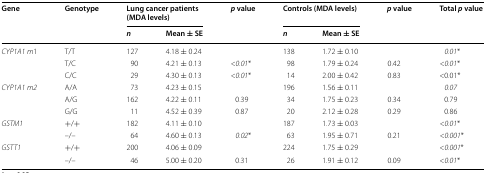
<table><thead><tr><td rowspan="2"><b>Gene</b></td><td rowspan="2"><b>Genotype</b></td><td colspan="2"><b>Lung cancer patients (MDA levels)</b></td><td rowspan="2"><b><i>p</i> value</b></td><td colspan="2"><b>Controls (MDA levels)</b></td><td rowspan="2"><b><i>p</i> value</b></td><td rowspan="2"><b>Total <i>p</i> value</b></td></tr><tr><td><b><i>n</i></b></td><td><b>Mean ± SE</b></td><td><b><i>n</i></b></td><td><b>Mean ± SE</b></td></tr></thead><tbody><tr><td><i>CYP1A1</i> <i>m</i>1</td><td>T/T</td><td>127</td><td>4.18 ± 0.24</td><td></td><td>138</td><td>1.72 ± 0.10</td><td></td><td><i>0.01</i>*</td></tr><tr><td></td><td>T/C</td><td>90</td><td>4.21 ± 0.13</td><td>&lt;<i>0.01</i>*</td><td>98</td><td>1.79 ± 0.24</td><td>0.42</td><td>&lt;<i>0.01</i>*</td></tr><tr><td></td><td>C/C</td><td>29</td><td>4.30 ± 0.13</td><td>&lt;<i>0.01</i>*</td><td>14</td><td>2.00 ± 0.42</td><td>0.83</td><td>&lt;0.01*</td></tr><tr><td><i>CYP1A1</i><i>m2</i></td><td>A/A</td><td>73</td><td>4.23 ± 0.15</td><td></td><td>196</td><td>1.56 ± 0.11</td><td></td><td><i>0.07</i></td></tr><tr><td></td><td>A/G</td><td>162</td><td>4.22 ± 0.11</td><td>0.39</td><td>34</td><td>1.75 ± 0.23</td><td>0.34</td><td>0.79</td></tr><tr><td></td><td>G/G</td><td>11</td><td>4.52 ± 0.39</td><td>0.87</td><td>20</td><td>2.12 ± 0.28</td><td>0.29</td><td>0.86</td></tr><tr><td><i>GSTM1</i></td><td>+/+</td><td>182</td><td>4.11 ± 0.10</td><td></td><td>187</td><td>1.73 ± 0.03</td><td></td><td>&lt;<i>0.01</i>*</td></tr><tr><td></td><td>–/–</td><td>64</td><td>4.60 ± 0.13</td><td><i>0.02</i>*</td><td>63</td><td>1.95 ± 0.71</td><td>0.21</td><td>&lt;<i>0.001</i>*</td></tr><tr><td><i>GSTT1</i></td><td>+/+</td><td>200</td><td>4.06 ± 0.09</td><td></td><td>224</td><td>1.75 ± 0.29</td><td></td><td>&lt;<i>0.001</i>*</td></tr><tr><td></td><td>–/–</td><td>46</td><td>5.00 ± 0.20</td><td>0.31</td><td>26</td><td>1.91 ± 0.12</td><td>0.09</td><td>&lt;<i>0.01</i>*</td></tr></tbody></table>